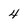
Character: 4